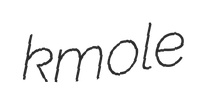
kmole